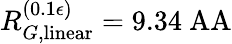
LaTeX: R_{G,\mathrm{linear}}^{(0.1\epsilon)}=9.34\mathrm{\ AA}